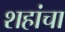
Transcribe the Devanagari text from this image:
शहांचा